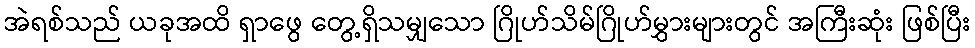
အဲရစ်သည် ယခုအထိ ရှာဖွေ တွေ့ရှိသမျှသော ဂြိုဟ်သိမ်ဂြိုဟ်မွှားများတွင် အကြီးဆုံး ဖြစ်ပြီး